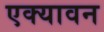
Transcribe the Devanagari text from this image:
एक्यावन